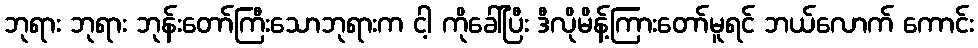
ဘုရား ဘုရား ဘုန်းတော်ကြီးသောဘုရားက ငါ့ ကိုခေါ်ပြီး ဒီလိုမိန့်ကြားတော်မူရင် ဘယ်လောက် ကောင်း